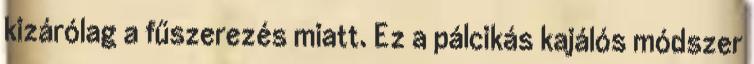
kizárólag a fűszerezés miatt. Ez a pálcikás kajálós módszer